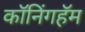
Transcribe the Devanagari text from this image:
कॉनिंगहॅम